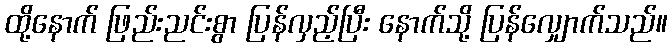
ထို့နောက် ဖြည်းညင်းစွာ ပြန်လှည့်ပြီး နောက်သို့ ပြန်လျှောက်သည်။